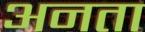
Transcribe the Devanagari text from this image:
अनता